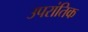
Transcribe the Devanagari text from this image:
उपरांतिक